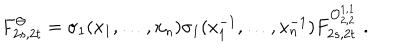
LaTeX: F _ { 2 s , 2 t } ^ { \Theta } = \sigma _ { 1 } ( x _ { 1 } , \ldots , x _ { n } ) \sigma _ { 1 } ( x _ { 1 } ^ { - 1 } , \ldots , x _ { n } ^ { - 1 } ) F _ { 2 s , 2 t } ^ { { \cal O } _ { 2 , 2 } ^ { 1 , 1 } } \, \, .